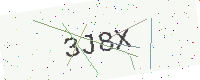
Text: 3J8X